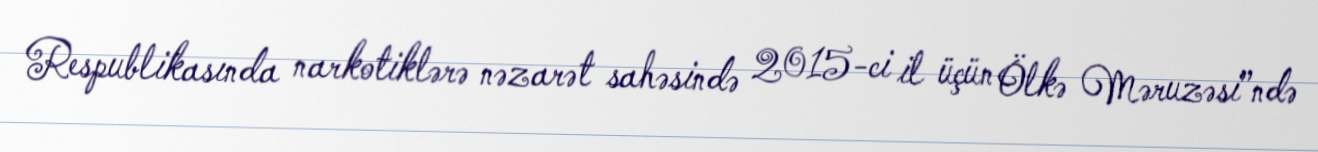
Respublikasında narkotiklərə nəzarət sahəsində 2015-ci il üçün Ölkə Məruzəsi”ndə